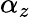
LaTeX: \alpha_{z}